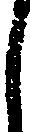
し